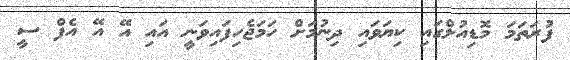
ފުރަތަމަ މޮޑިއުލްގައި ކިޔަވައި ދިނުމަށް ހަމަޖެހިފައިވަނީ އައި އޭ އޭ އެފް ސީ